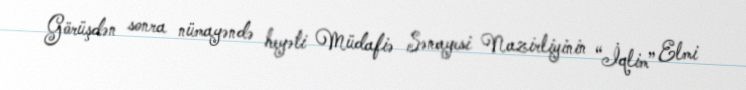
Görüşdən sonra nümayəndə heyəti Müdafiə Sənayesi Nazirliyinin “İqlim” Elmi